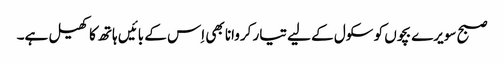
صبح سویرے بچوں کو سکول کے لیے تیار کروانا بھی اِس کے بائیں ہاتھ کا کھیل ہے۔